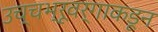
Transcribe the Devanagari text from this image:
उच्चभ्रूवर्गाकडून